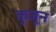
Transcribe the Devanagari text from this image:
कुजून